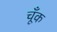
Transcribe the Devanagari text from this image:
चूँक